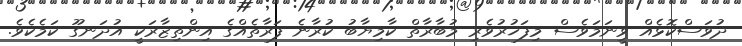
ދުވަސްކޮޅެއް ވީނަމަވެސް މިފަޚުރުވެރި މުބާރާތް ކާމިޔާބު ކުރާނެ ފަރާތެއްގެ އިންތިޒާރަކީ އުދަނގޫ ކަމެކެވެ.